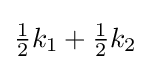
{\tfrac {1}{2}}k_{1}+{\tfrac {1}{2}}k_{2}